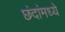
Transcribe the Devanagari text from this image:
छंदांमध्ये